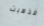
فذهبت